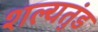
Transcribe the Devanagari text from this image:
शल्यतुंड